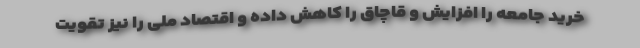
خرید جامعه را افزایش و قاچاق را کاهش داده و اقتصاد ملی را نیز تقویت